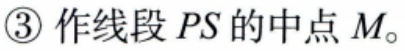
\textcircled{3} 作线段 \(PS\) 的中点 \(M\)。